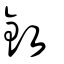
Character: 鈙